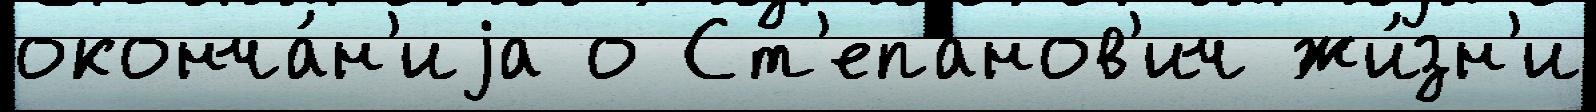
оконча́н'иjа о Ст'епанов'ич жи́зн'и